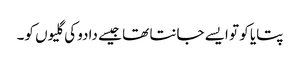
پتایا کو تو ایسے جانتا تھا جیسے دادو کی گلیوں کو۔